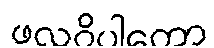
ဖလဝိပါကော